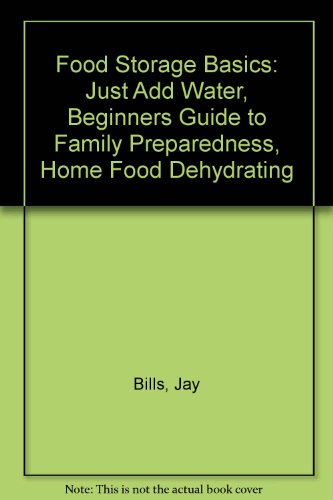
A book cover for Food Storage Basics: Just Add Water, Beginners Guide to Family Preparedness, Home Food Dehydrating, Set; Jay Bills; Cookbooks, Food & Wine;